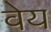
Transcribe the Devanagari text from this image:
वेय